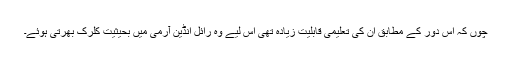
چوں کہ اس دور کے مطابق ان کی تعلیمی قابلیت زیادہ تھی اس لیے وہ رائل انڈین آرمی میں بحیثیت کلرک بھرتی ہوئے۔